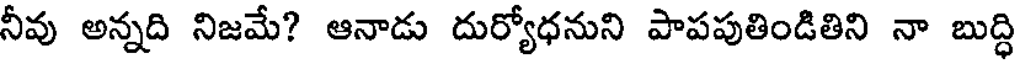
నీవు అన్నది నిజమే? ఆనాడు దుర్యోధనుని పాపపుతిండితిని నా బుద్ధి